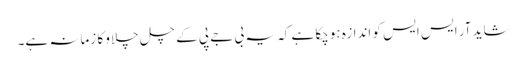
شاید آر ایس ایس کو اندازہ ہوچکا ہے کہ یہ بی جے پی کے چل چلاو کا زمانہ ہے۔